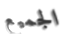
الجميع